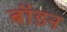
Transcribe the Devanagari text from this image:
बॉडन